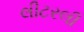
લીટરલી